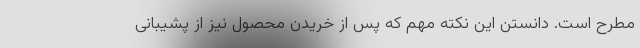
مطرح است. دانستن این نکته مهم که پس از خریدن محصول نیز از پشیبانی